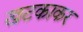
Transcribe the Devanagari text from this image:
खटकाकर